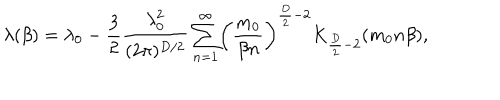
\lambda ( \beta ) = \lambda _ { 0 } - \frac { 3 } { 2 } \frac { \lambda _ { 0 } ^ { 2 } } { ( 2 \pi ) ^ { D / 2 } } \sum _ { n = 1 } ^ { \infty } \biggl ( \frac { m _ { 0 } } { \beta n } \biggr ) ^ { \frac { D } { 2 } - 2 } K _ { \frac { D } { 2 } - 2 } ( m _ { 0 } n \beta ) ,